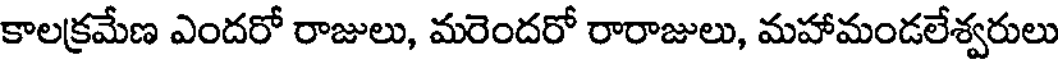
కాలక్రమేణ ఎందరో రాజులు, మరెందరో రారాజులు, మహామండలేశ్వరులు